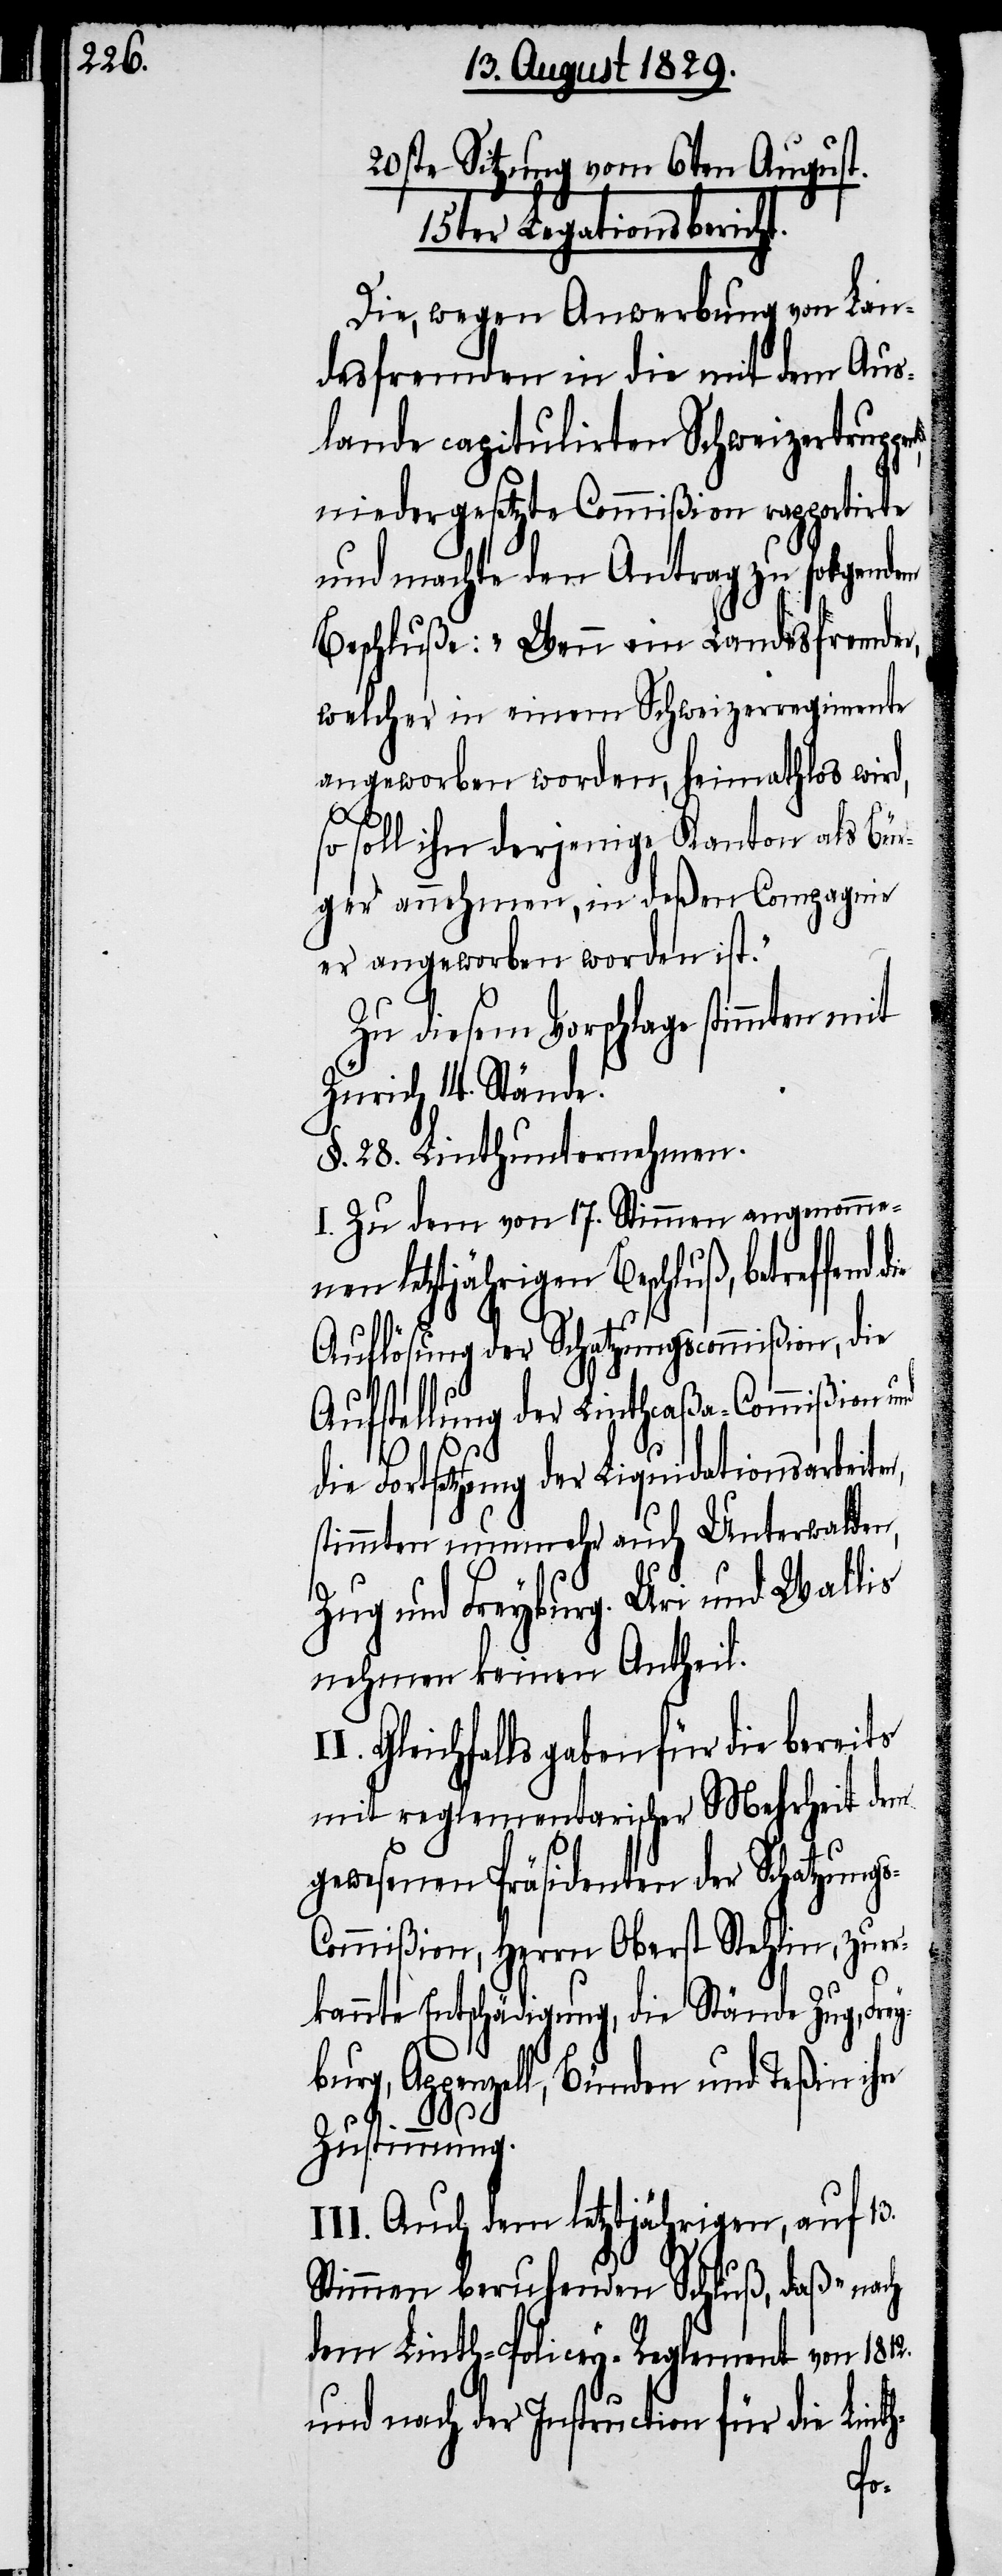
20ste Sitzung vom 6ten August.
15ter Legationsbericht.
Die, wegen Anwerbung von Lan¬
desfremden in die mit dem Aus¬
lande capitulirten Schweizertrup¬
niedergesetzte Commißion rapportirte
und machte den Antrag zu folgendem
Beschluße: „Wenn ein Landesfremder,
welcher in einem Schweizerregimente
angeworben worden, heimathlos wird,
so soll ihn derjenige Kanton als Bür¬
ger annehmen, in deßen Compagnie
er angeworben worden ist.“
Zu diesem Vorschlage stimmten mit
Zürich 14. Stände.
§. 28. Linthunternehmen.
I. Zu dem von 17. Stimmen angenommen¬
en letztjährigen Beschluß, betreffend
Auflösung der Schatzungscommißion, die
Aufstellung der Linthcaßa-Commißion
die Fortsetzung der Liquidationsarbeite¬
stimmten nunmehr auch Unterwalden,
Zug und Freyburg. Uri und Wallis
nehmen keinen Antheil.
I. Gleichfalls gaben für die bereits
mit reglementarischer Mehrheit dem
gewesenen Präsidenten der Schatzung¬
ommißion, Herrn Oberst Stehlin, zuer¬
kannte Entschädigung, die Stände Zug, Fr¬
burg, Appenzell, Bünden und Teßin ihre
Zustimmung.
III. Auch dem letztjährigen, auf 13.
Stimmen beruhenden Schluß, daß „nach
dem Linth-Policey-Reglement von 1812.
und nach der Instruction für die Lint¬
h-

n,